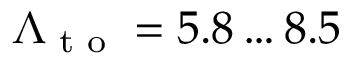
\Lambda _ { \textrm { t o } } = 5 . 8 \dots 8 . 5